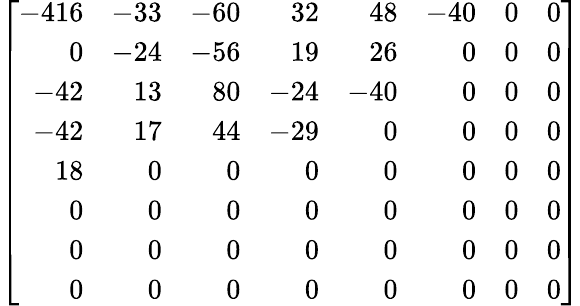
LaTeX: \left[{\begin{array}{rrrrrrrr}{-416}&{-33}&{-60}&{32}&{48}&{-40}&{0}&{0}\\ {0}&{-24}&{-56}&{19}&{26}&{0}&{0}&{0}\\ {-42}&{13}&{80}&{-24}&{-40}&{0}&{0}&{0}\\ {-42}&{17}&{44}&{-29}&{0}&{0}&{0}&{0}\\ {18}&{0}&{0}&{0}&{0}&{0}&{0}&{0}\\ {0}&{0}&{0}&{0}&{0}&{0}&{0}&{0}\\ {0}&{0}&{0}&{0}&{0}&{0}&{0}&{0}\\ {0}&{0}&{0}&{0}&{0}&{0}&{0}&{0}\end{array}}\right]